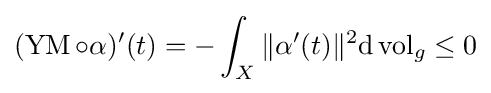
(\operatorname {YM} \circ \alpha )'(t)=-\int _{X}\|\alpha '(t)\|^{2}\mathrm {d} \operatorname {vol} _{g}\leq 0